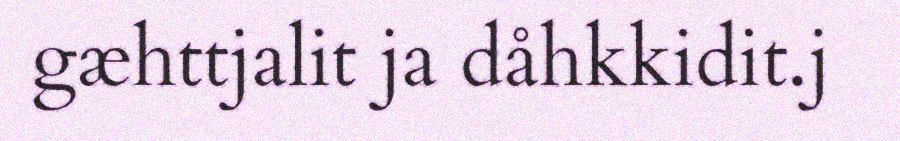
gæhttjalit ja dåhkkidit.j